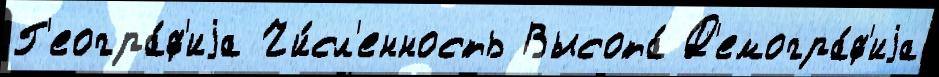
Г'еогра́ф'иjа Чи́сл'енность Высота́ Д'емогра́ф'иjа